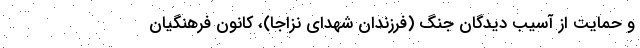
و حمایت از آسیب دیدگان جنگ (فرزندان شهدای نزاجا)، کانون فرهنگیان